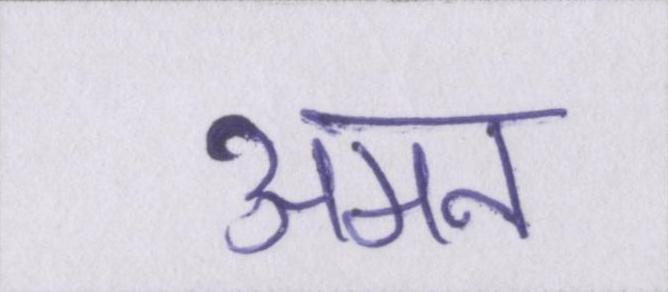
अमन